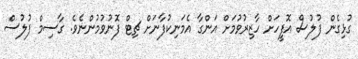
ގުޅިގެން ފުލުސް އޮފީހަށް ހާޒިރުވުމަށް އަންގާ އެމަނިކުފާނަށް ޗިޓް ފޮނުވުމުންނެވެ. ގާސިމް ފުލުސް